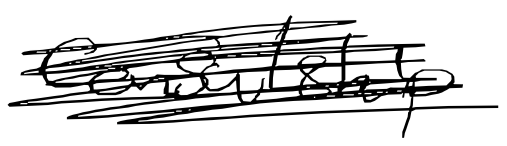
Text: consulship
Cross-out: scratch
Writing tool: digital_black